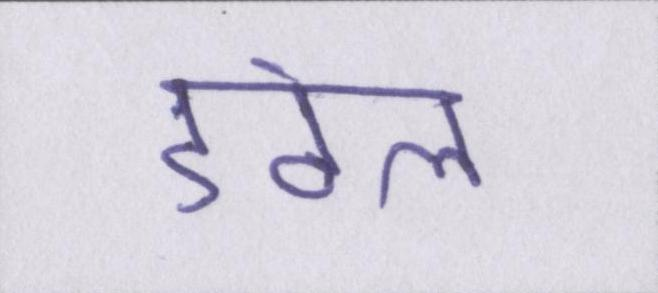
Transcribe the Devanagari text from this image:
डंठल